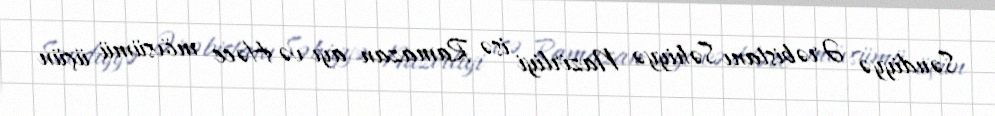
Səudiyyə Ərəbistanı Səhiyyə Nazirliyi isə Ramazan ayı və Həcc mövsümü üçün